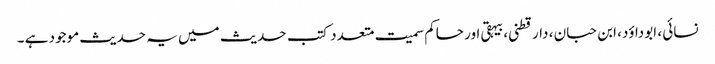
نسائی ، ابوداؤد، ابن حبان ، دارقطنی،بیہقی اور حاکم سمیت متعدد کتب حدیث میں یہ حدیث موجود ہے ۔